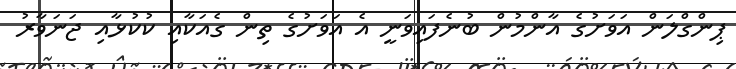
ޕިންގްލަން އަވަށުގެ އާންމުން ބުނެފައިވަނީ އެ އަވަށުގެ ތިން ގެއަކާއި ކުކުޅާއި ޖަނަވާރު